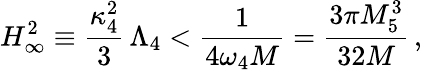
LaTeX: H_{\infty}^{2}\equiv\frac{\kappa_{4}^{2}}{3}\, \Lambda_{4}<\frac{1}{4\omega_{4}M}=\frac{3\pi M_{5}^{3}}{32M}\, ,